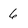
Character: 6